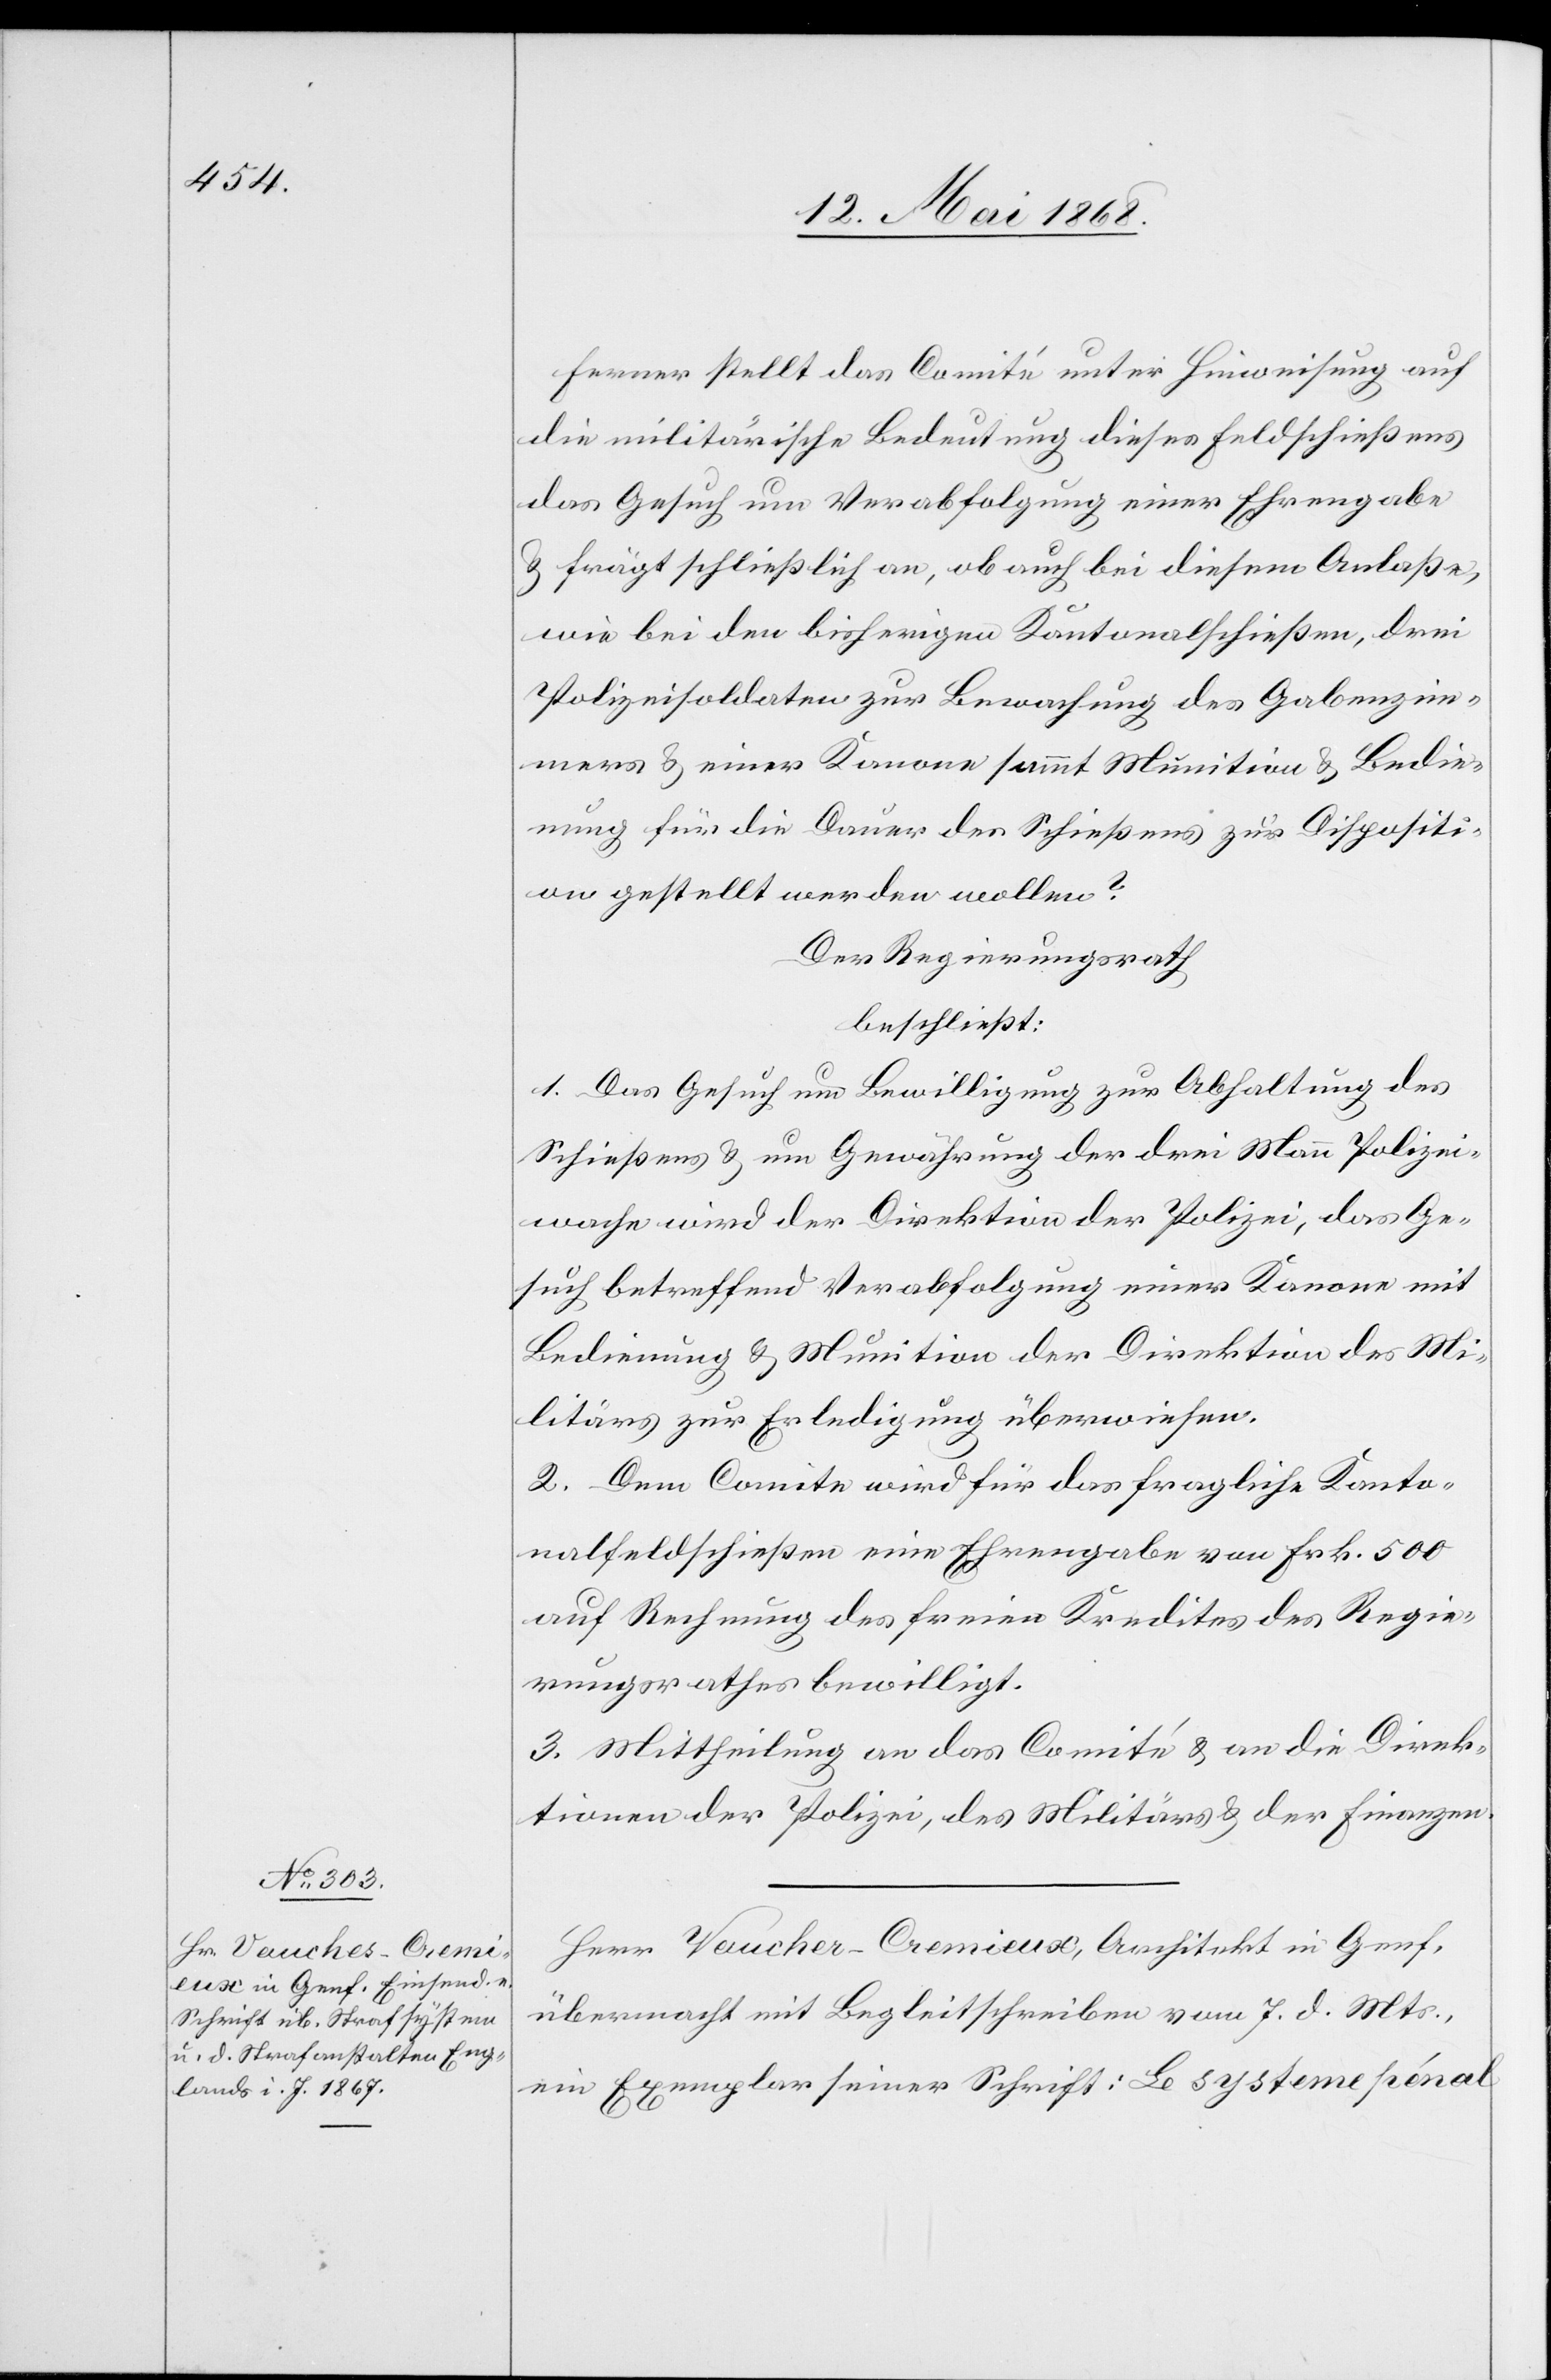
Ferner stellt das Comité unter Hinweisung auf
die militärische Bedeutung dieses Feldschießens
das Gesuch um Verabfolgung einer Ehrengabe
& frägt schließlich an, ob auch bei diesem Anlaße,
wie bei den bisherigen Kantonalschießen, drei
Polizeisoldaten zur Bewachung des Gabenzim¬
mers & einer Kanone sammt Munition & Bedie¬
nung für die Dauer des Schießens zur Dispositi¬
on gestellt werden wollen?
Der Regierungsrath
beschließt:
1. Das Gesuch um Bewilligung zur Abhaltung des
Schießens & um Gewährung der drei Mann Polizei¬
wache wird der Direktion der Polizei, das Ge¬
such betreffend Verabfolgung einer Kanone mit
Bedienung & Munition der Direktion des Mi¬
litärs zur Erledigung überwiesen.
2. Dem Comite wird für das fragliche Kanto¬
nalfeldschießen eine Ehrengabe von Frk. 500
auf Rechnung des freien Kredites des Regie¬
rungsrathes bewilligt.
3. Mittheilung an das Comité & an die Direk¬
tionen der Polizei, des Militärs & der Finanzen.
Herr Vaucher-Cremieux [sic!], Architekt in Genf,
übermacht mit Begleitschreiben vom 7. d. Mts.,
ein Exemplar seiner Schrift: Le systeme pénal